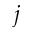
^ { j }